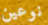
نوعين